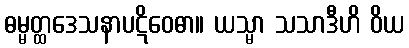
ဓမ္မတ္ထဒေသနာပဋိဝေဓာ။ ယသ္မာ သသာဒီဟိ ဝိယ